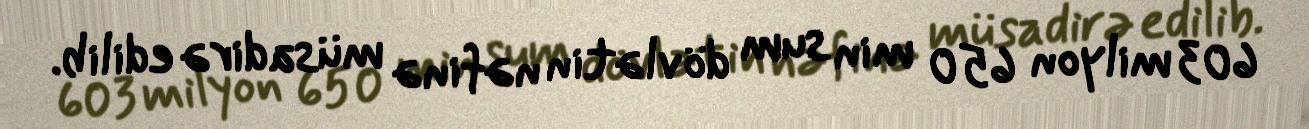
603 milyon 650 min sum dövlətin nəfinə müsadirə edilib.